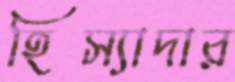
হিস্যাদার